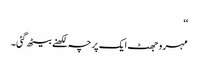
‘‘
مہرو جھٹ ایک پرچہ لکھنے بیٹھ گئی۔